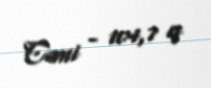
Cəmi - 104,7 q